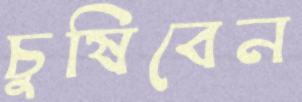
চুষিবেন